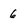
Character: 6